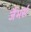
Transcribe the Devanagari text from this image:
जैमर्स